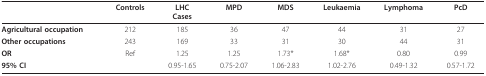
|  | Controls | LHCCases | MPD | MDS | Leukaemia | Lymphoma | PcD |
 | --- | --- | --- | --- | --- | --- | --- | --- |
 | Agricultural occupation | 212 | 185 | 36 | 47 | 44 | 31 | 27 |
 | Other occupations | 243 | 169 | 33 | 31 | 30 | 44 | 31 |
 | OR | Ref | 1.25 | 1.25 | 1.73* | 1.68* | 0.80 | 0.99 |
 | 95% CI |  | 0.95-1.65 | 0.75-2.07 | 1.06-2.83 | 1.02-2.76 | 0.49-1.32 | 0.57-1.72 |